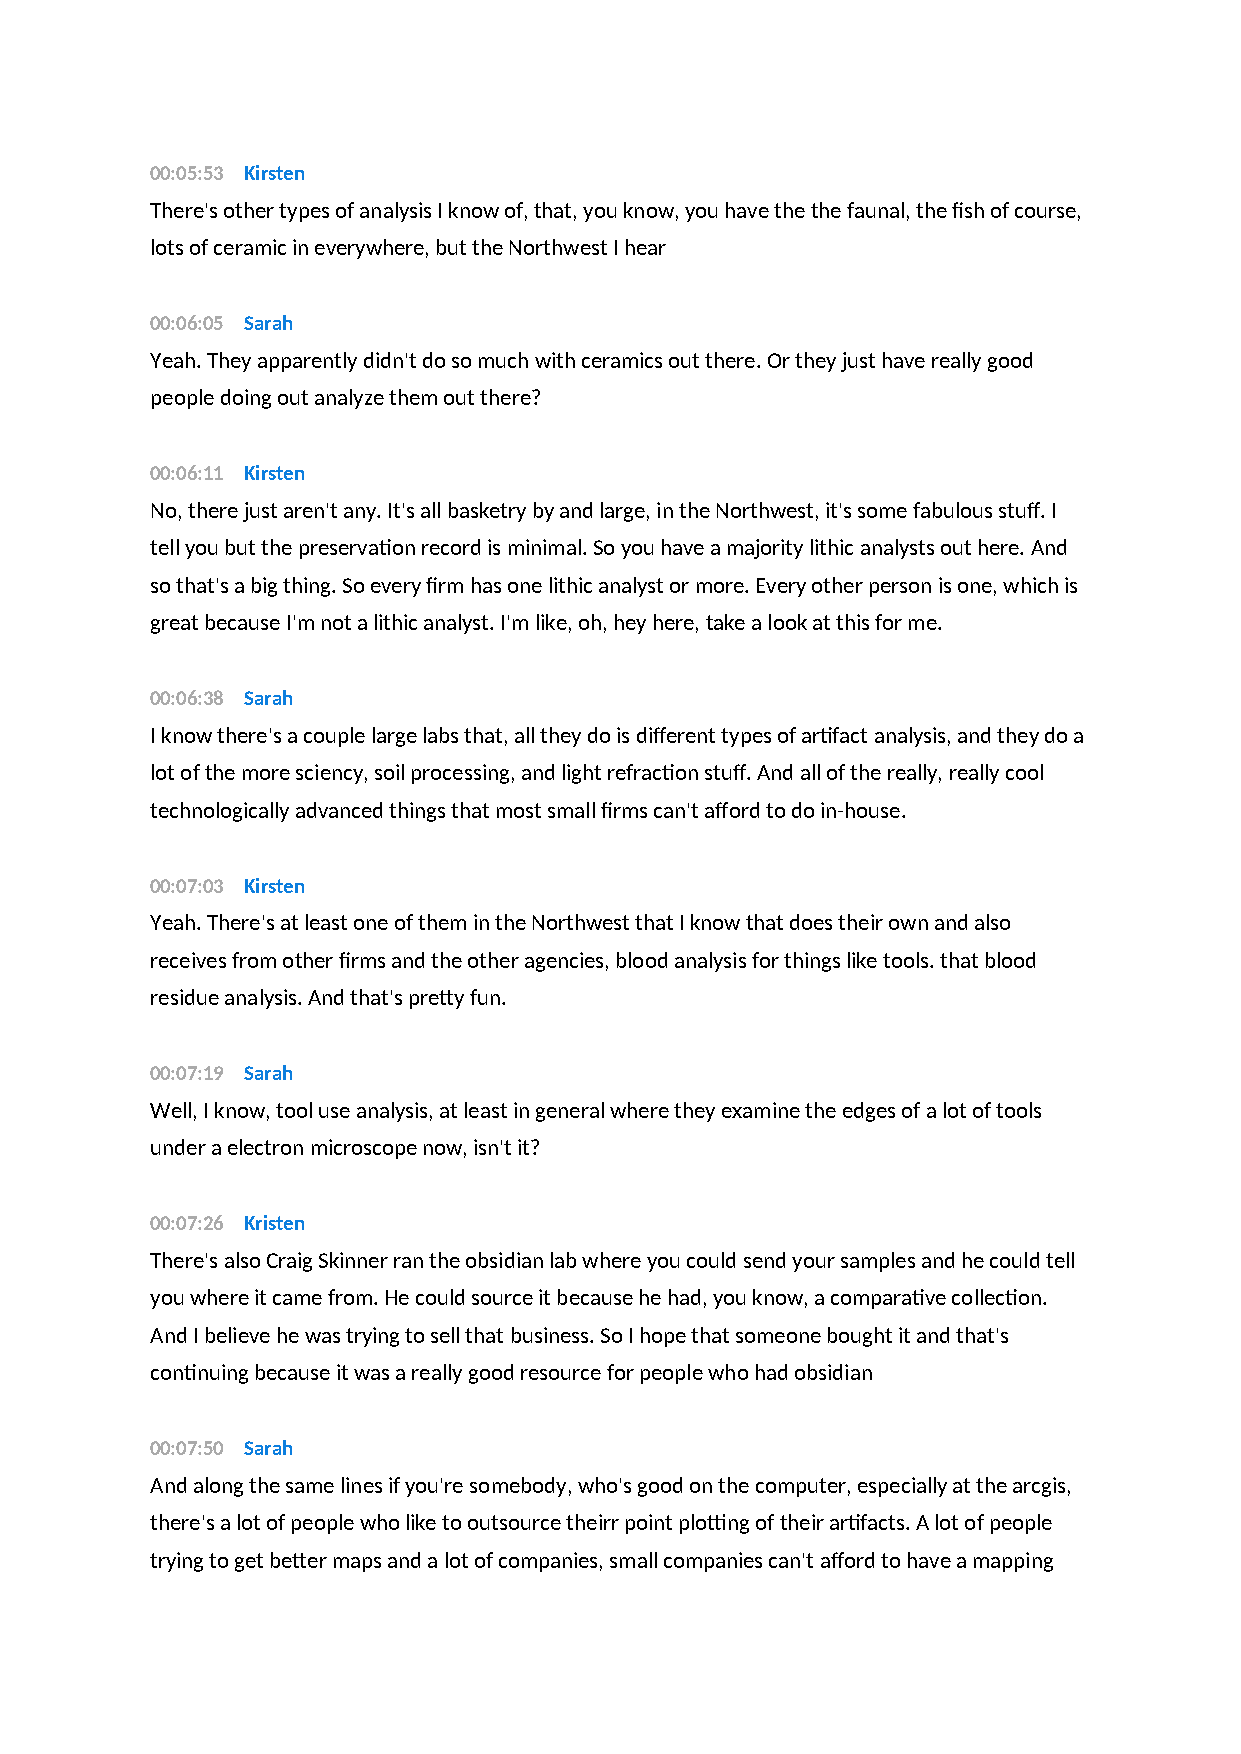
00:05:53 Kirsten
 There's other types of analysis I know of, that, you know, you have the the faunal, the fish of course,
 lots of ceramic in everywhere, but the Northwest I hear
 00:06:05 Sarah
 Yeah. They apparently didn't do so much with ceramics out there. Or they just have really good
 people doing out analyze them out there?
 00:06:11 Kirsten
 No, there just aren't any. It's all basketry by and large, in the Northwest, it's some fabulous stuff. I
 tell you but the preservation record is minimal. So you have a majority lithic analysts out here. And
 so that's a big thing. So every firm has one lithic analyst or more. Every other person is one, which is
 great because I'm not a lithic analyst. I'm like, oh, hey here, take a look at this for me.
 00:06:38 Sarah
 I know there's a couple large labs that, all they do is different types of artifact analysis, and they do a
 lot of the more sciency, soil processing, and light refraction stuff. And all of the really, really cool
 technologically advanced things that most small firms can't afford to do in-house.
 00:07:03 Kirsten
 Yeah. There's at least one of them in the Northwest that I know that does their own and also
 receives from other firms and the other agencies, blood analysis for things like tools. that blood
 residue analysis. And that's pretty fun.
 00:07:19 Sarah
 Well, I know, tool use analysis, at least in general where they examine the edges of a lot of tools
 under a electron microscope now, isn't it?
 00:07:26 Kristen
 There's also Craig Skinner ran the obsidian lab where you could send your samples and he could tell
 you where it came from. He could source it because he had, you know, a comparative collection.
 And I believe he was trying to sell that business. So I hope that someone bought it and that's
 continuing because it was a really good resource for people who had obsidian
 00:07:50 Sarah
 And along the same lines if you're somebody, who's good on the computer, especially at the arcgis,
 there's a lot of people who like to outsource theirr point plotting of their artifacts. A lot of people
 trying to get better maps and a lot of companies, small companies can't afford to have a mapping